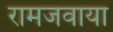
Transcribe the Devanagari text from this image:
रामजवाया